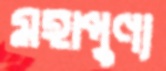
মহাপুণ্য